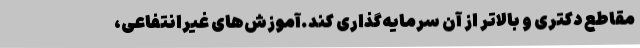
مقاطع دکتری و بالاتر از آن سرمایه‌گذاری کند.آموزش‌های غیرانتفاعی،